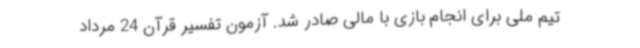
تیم ملی برای انجام بازی با مالی صادر شد. آزمون تفسیر قرآن 24 مرداد